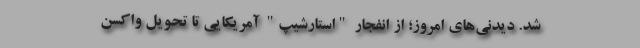
شد. دیدنی‌های امروز؛ از انفجار "استارشیپ" آمریکایی تا تحویل واکسن